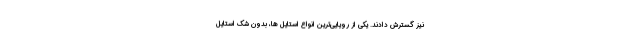
نیز گسترش دادند. یکی از رویایی‌ترین انواع استایل ها، بدون شک استایل